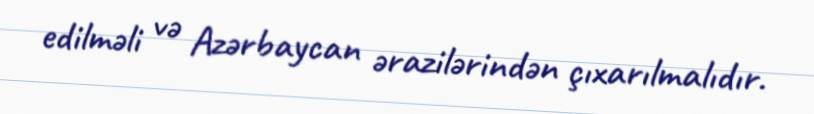
edilməli və Azərbaycan ərazilərindən çıxarılmalıdır.